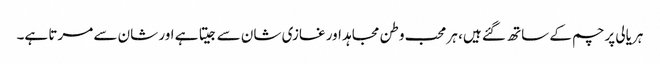
ہریالی پرچم کے ساتھ گئے ہیں، ہر محب وطن مجاہد اور غازی شان سے جیتا ہے اور شان سے مرتا ہے۔